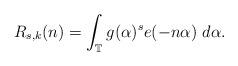
LaTeX: \begin{align*}R_{s,k}(n) = \int_{\mathbb{T}} g(\alpha)^s e(- n \alpha) \ d \alpha.\end{align*}